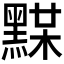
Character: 𪑞